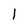
Character: I